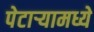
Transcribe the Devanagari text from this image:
पेटाऱ्यामध्ये